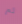
ثم